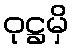
ဝုဋ္ဌမှိ